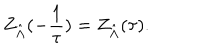
Z _ { \hat { \Lambda } } ( - \frac 1 \tau ) = Z _ { \hat { \Lambda } } ( \tau ) .